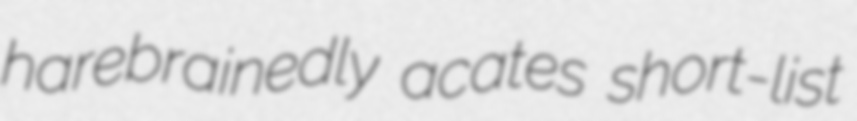
harebrainedly acates short-list